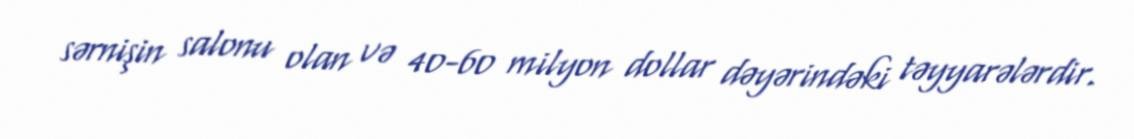
sərnişin salonu olan və 40-60 milyon dollar dəyərindəki təyyarələrdir.